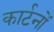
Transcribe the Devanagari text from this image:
कार्टनों